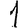
Digit: 1